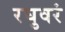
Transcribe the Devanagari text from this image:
रघुवरं